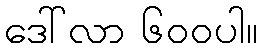
ဒေါ်လာ ၆၀၀ပါ။